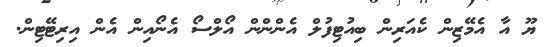
ޔޫ އާ އެމޭޒިން ކެއަރިން ބިއުޓިފުލް އެންންން އޯލްސޯ އެނޯއިން އެން އިރިޓޭޓިން.